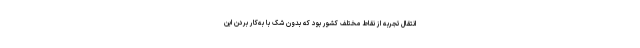
انتقال تجربه از نقاط مختلف کشور بود که بدون شک با به‌کار بردن این